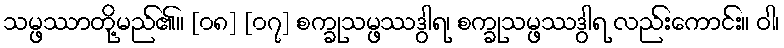
သမ္ဖဿာတို့မည်၏။ [၀၈] [၀၇] စက္ခုသမ္ဖဿဒွါရ၊ စက္ခုသမ္ဖဿဒွါရ လည်းကောင်း။ ဝါ၊